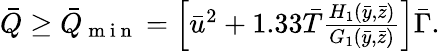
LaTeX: \begin{array}{r}{\bar{Q}\geq\bar{Q}_{\mathrm{~m~i~n~}}=\left[\bar{u}^{2}+1.33\bar{T}\frac{H_{1}(\bar{y},\bar{z})}{G_{1}(\bar{y},\bar{z})}\right]\bar{\Gamma}.}\end{array}